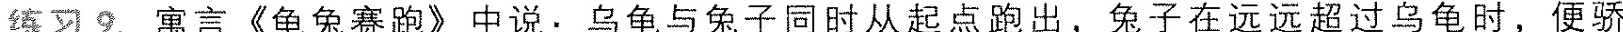
练习9.寓言《龟兔赛跑》中说：乌龟与兔子同时从起点跑出，兔子在远远超过乌龟时，便骄